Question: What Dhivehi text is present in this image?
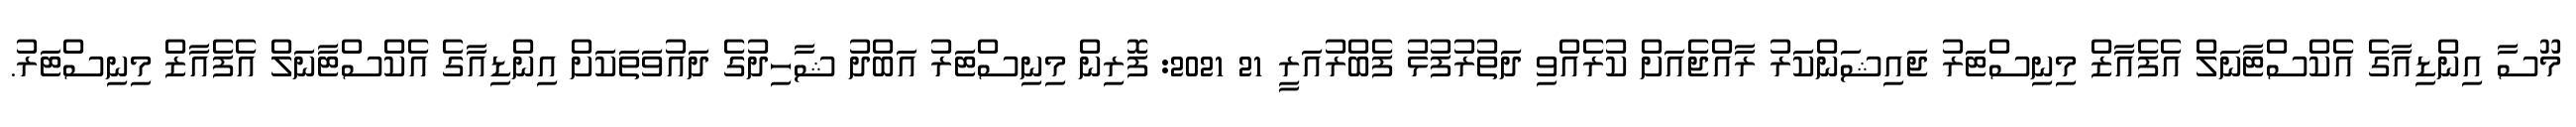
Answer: މޫސާ އިންޑިއާގެ އެކްސްޓާނަލް އެފެއާޒް މިނިސްޓަރު ޖައިޝަންކަރު ރާއްޖެއަށް ކުރެއްވި ދަތުރުފުޅު ފެބްރުއަރީ 21 2021: ފޮރިން މިނިސްޓަރު އަބްދު ޝާހިދުގެ ދައުވަތަކަށް އިންޑިއާގެ އެކްސްޓާނަލް އެފެއާޒް މިނިސްޓަރު.